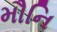
મૌનિ